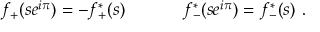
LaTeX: f _ { + } ( s e ^ { i \pi } ) = - f _ { + } ^ { \ast } ( s ) ~ ~ ~ ~ ~ ~ ~ ~ ~ ~ f _ { - } ^ { \ast } ( s e ^ { i \pi } ) = f _ { - } ^ { \ast } ( s ) ~ .